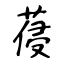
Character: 葠